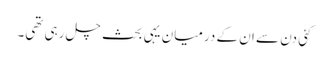
کئی دن سے ان کے درمیان یہی بحث چل رہی تھی۔